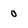
Character: 0